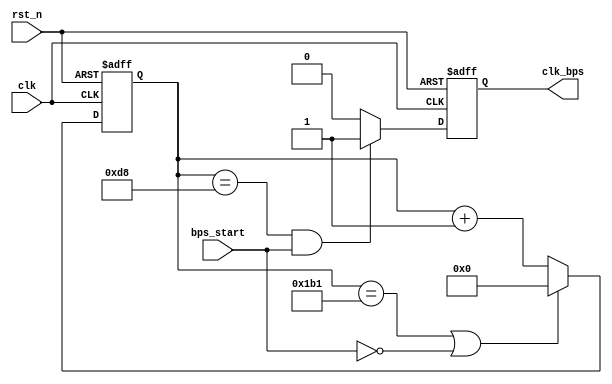
module speed_select(clk,rst_n,
		    bps_start,clk_bps);

   input  clk;
   input  rst_n;
   input  bps_start;
   output clk_bps;

   /*
    bps9600 	= 5207
    bps19200 	= 2603
    bps38400 	= 1301
    bps57600 	= 867
    bps115200	= 433

    bps9600_2 	= 2603,
    bps19200_2	= 1301,
    bps38400_2	= 650,
    bps57600_2	= 433,
    bps115200_2 = 216;
    */

`define BPS_PARA   433
`define BPS_PARA_2 216

   reg [12:0] cnt;
   reg 	      clk_bps_r;

   reg [2:0]  uart_ctrl;

   always @ (posedge clk or negedge rst_n)
     if(!rst_n) cnt <= 13'd0;
     else if((cnt == `BPS_PARA) || !bps_start) cnt <= 13'd0;
     else cnt <= cnt+1'b1;

   always @ (posedge clk or negedge rst_n)
     if(!rst_n) clk_bps_r <= 1'b0;
     else if(cnt == `BPS_PARA_2 && bps_start) clk_bps_r <= 1'b1;
     else clk_bps_r <= 1'b0;

   assign clk_bps = clk_bps_r;

endmodule // speed_select